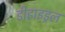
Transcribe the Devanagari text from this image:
डीहाइड्रल